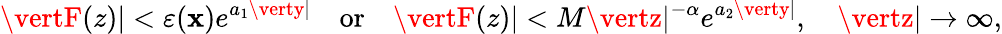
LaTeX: \vertF(z)\vert<\varepsilon(\mathbf{x})e^{a_{1}\verty\vert}\quad\textrm{{or}}\quad\vertF(z)\vert<M\vertz\vert^{-\alpha}e^{a_{2}\verty\vert},\quad\vertz\vert\to\infty,